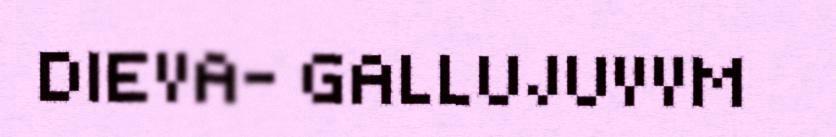
DIEVA- GALLUJUVVM